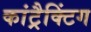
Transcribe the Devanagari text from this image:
कांट्रैक्टिंग